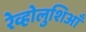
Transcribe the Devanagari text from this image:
रेव्होलुशिआँ